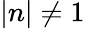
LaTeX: |n|\neq 1